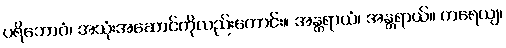
ပရိဘောဂံ၊ အသုံးအဆောင်ကိုလည်းကောင်း။ အန္တရာယံ၊ အန္တရာယ်။ ကရေယျ၊